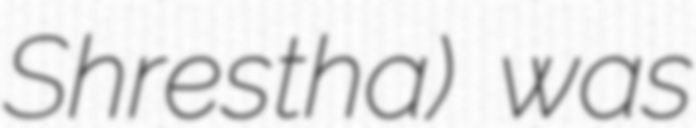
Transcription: Shrestha) was